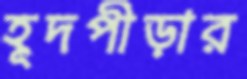
হূদপীড়ার